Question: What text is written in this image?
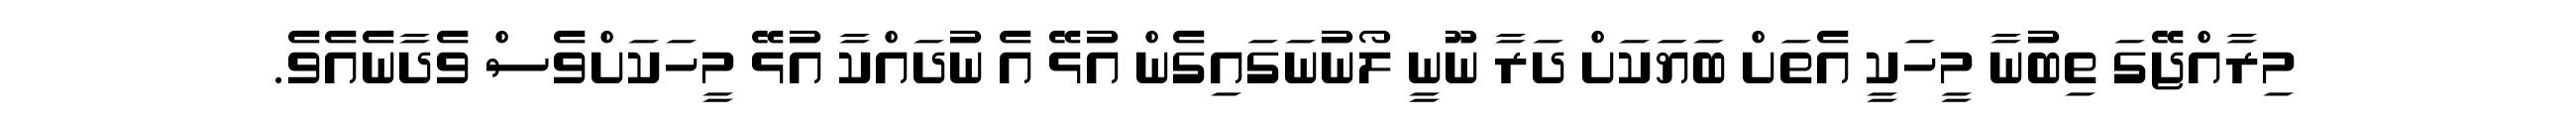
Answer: މިރާއްޖޭގަ ތިބުނާ މީހަކީ އެތަށް ބަޔަކަށް ދަރާ ނޫނީ ލޯނުނަގައިގެން އުޅޭ އެ ނުދައްކާ އުޅޭ މީހަކަށްވެސް ވެދާނެއެވެ.